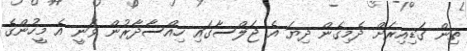
ތިން ގަޑިއިރަށް ދެމިގެން ދިޔަ އެ ޖަލްސާގައި ހިއްސާދާރުން ވަނީ އެ މީހުންގެ